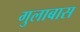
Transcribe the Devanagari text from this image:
गुलाबास